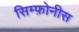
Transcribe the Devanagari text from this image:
सिम्फ़ोनीस